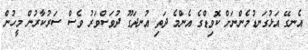
އެނގޭ އަޅުގަނޑުމެންނަށް ކޮވިޑްގެ އެންމެ ދަތި އުނދަގޫ ދުވަސްވަރު ވެސް ސަރުކާރުން މީހުން